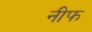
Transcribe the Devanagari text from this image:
नीफ